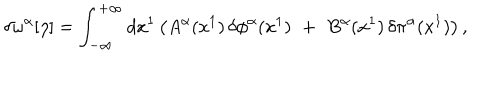
LaTeX: \delta \omega ^ { \alpha } [ \eta ] = \int _ { - \infty } ^ { + \infty } d x ^ { 1 } \left( A ^ { \alpha } ( x ^ { 1 } ) \, \delta \phi ^ { \alpha } ( x ^ { 1 } ) \, \, + \, \, B ^ { \alpha } ( x ^ { 1 } ) \, \delta \pi ^ { \alpha } ( x ^ { 1 } ) \right) ,